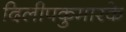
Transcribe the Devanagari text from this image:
दिलीपकुमारके